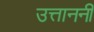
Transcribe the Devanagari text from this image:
उत्ताननी